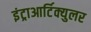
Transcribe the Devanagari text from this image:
इंट्राआर्टिक्युलर